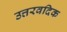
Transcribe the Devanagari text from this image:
उत्तरवदिक